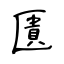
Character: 匱